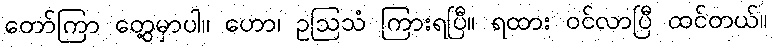
တော်ကြာ တွေ့မှာပါ။ ဟော၊ ဥဩသံ ကြားရပြီ။ ရထား ဝင်လာပြီ ထင်တယ်။